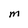
Character: M